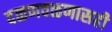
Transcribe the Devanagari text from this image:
दळणवळणासही